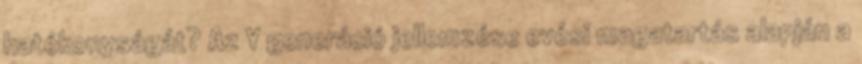
hatékonyságát? Az Y generáció jellemzése evési magatartás alapján a